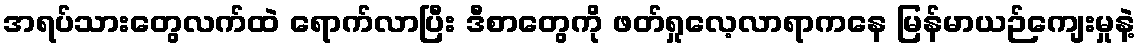
အရပ်သားတွေလက်ထဲ ရောက်လာပြီး ဒီစာတွေကို ဖတ်ရှုလေ့လာရာကနေ မြန်မာယဉ်ကျေးမှုနဲ့